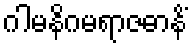
ဂါမနိဂမရာဇဓာနိံ